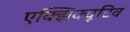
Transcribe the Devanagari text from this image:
एक्झिक्यूटिव